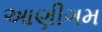
આણીગમ